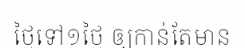
ថ្ងៃទៅ១ថ្ងៃ ឲ្យកាន់តែមាន